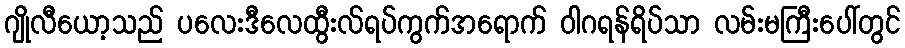
ဂျိုလီယော့သည် ပလေးဒီလေထွီးလ်ရပ်ကွက်အရောက် ဝါဂရန်ရိပ်သာ လမ်းမကြီးပေါ်တွင်